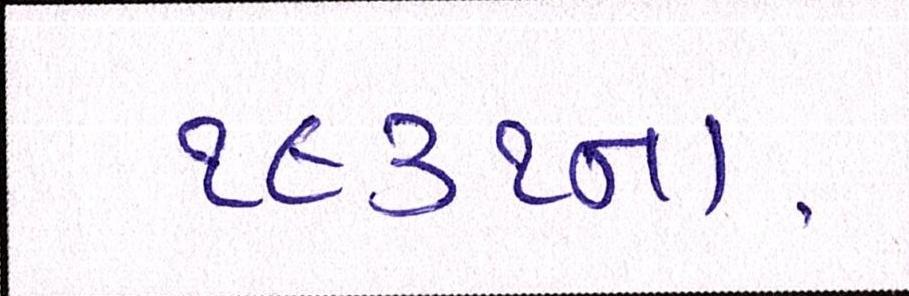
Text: ૧૯૩૧ના